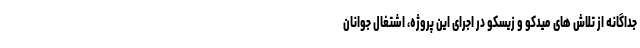
جداگانه از تلاش های میدکو و زیسکو در اجرای این پروژه، اشتغال جوانان